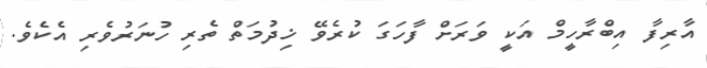
އާރިފާ އިބްރާހީމް އަކީ ވަރަށް ފާހަގަ ކުރެވޭ ޚިދުމަތް ތެރި ހުނަރުވެރި އެކެވެ.